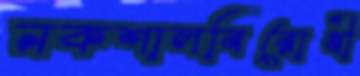
নকশালবিরোধী